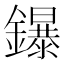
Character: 鑤